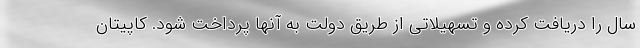
سال را دریافت کرده و تسهیلاتی از طریق دولت به آنها پرداخت شود. کاپیتان